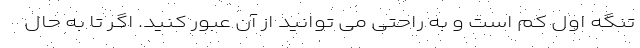
تنگه اول کم است و به راحتی می توانید از آن عبور کنید. اگر تا به حال